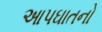
આપઘાતનો